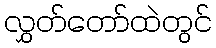
လွှတ်တော်ထဲတွင်